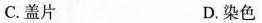
C.盖片 D.染色